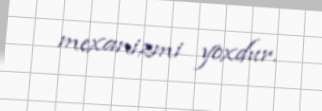
mexanizmi yoxdur.